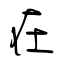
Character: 在